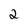
Character: 2